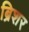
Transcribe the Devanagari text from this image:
ब्रिशर